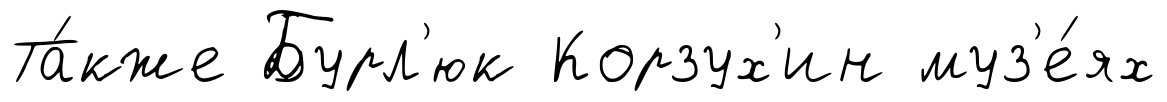
Та́кже Бурл'юк Корзух'ин муз'е́ях